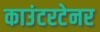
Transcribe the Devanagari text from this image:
काउंटरटेनर